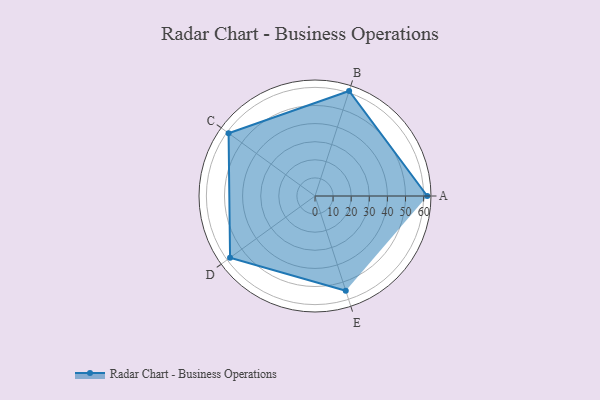
{"axis": {"x": "Skill", "y": "Score"}, "legend": ["Profile"], "data": [{"x": "A", "y": 62.0, "type": "Profile"}, {"x": "B", "y": 61.0, "type": "Profile"}, {"x": "C", "y": 59.0, "type": "Profile"}, {"x": "D", "y": 58.0, "type": "Profile"}, {"x": "E", "y": 55.0, "type": "Profile"}]}